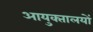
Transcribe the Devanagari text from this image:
आयुक्‍तालयों